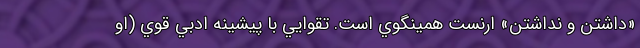
«داشتن و نداشتن» ارنست همينگوي است. تقوايي با پيشينه ادبي قوي (او